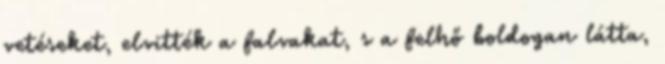
vetéseket, elvitték a falvakat, s a felhő boldogan látta,